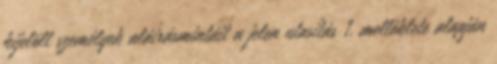
kijelölt személyek aláírásmintáit a jelen utasítás 1. melléklete alapján